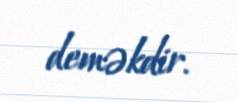
deməkdir.